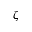
\zeta